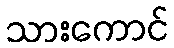
သားကောင်